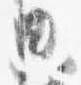
典